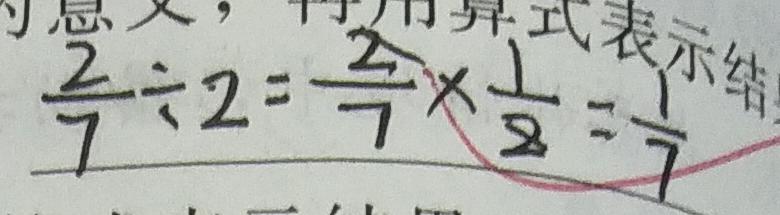
\frac { 2 } { 7 } \div 2 = \frac { 2 } { 7 } \times \frac { 1 } { 8 } = \frac { 1 } { 7 }